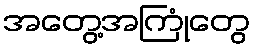
အတွေ့အကြုံတွေ